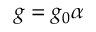
g = g _ { 0 } \alpha